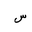
Letter: _sin